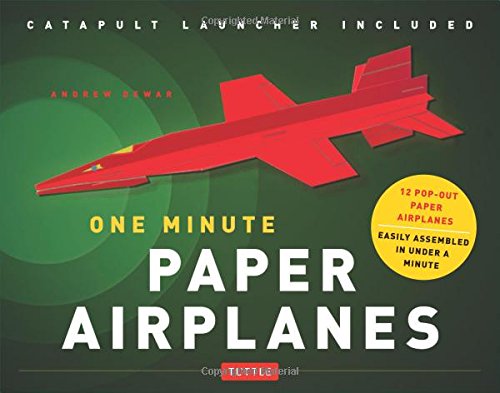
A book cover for One Minute Paper Airplanes Kit: 12 Pop-Out Planes, Easily Assembled in Under a Minute [Origami Book with Paper, 12 Projects, Launcher]; Andrew Dewar; Crafts, Hobbies & Home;